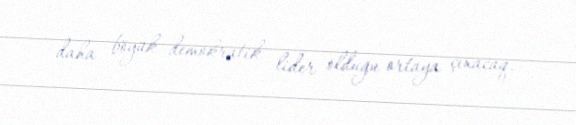
daha böyük demokratik lider olduğu ortaya çıxacaq.